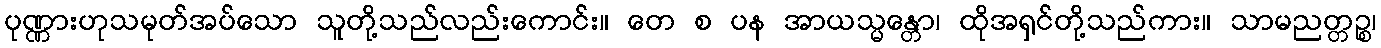
ပုဏ္ဏားဟုသမုတ်အပ်သော သူတို့သည်လည်းကောင်း။ တေ စ ပန အာယသ္မန္တော၊ ထိုအရှင်တို့သည်ကား။ သာမညတ္တဉ္စ၊